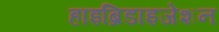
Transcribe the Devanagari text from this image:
हाइब्रिडाइजेशन